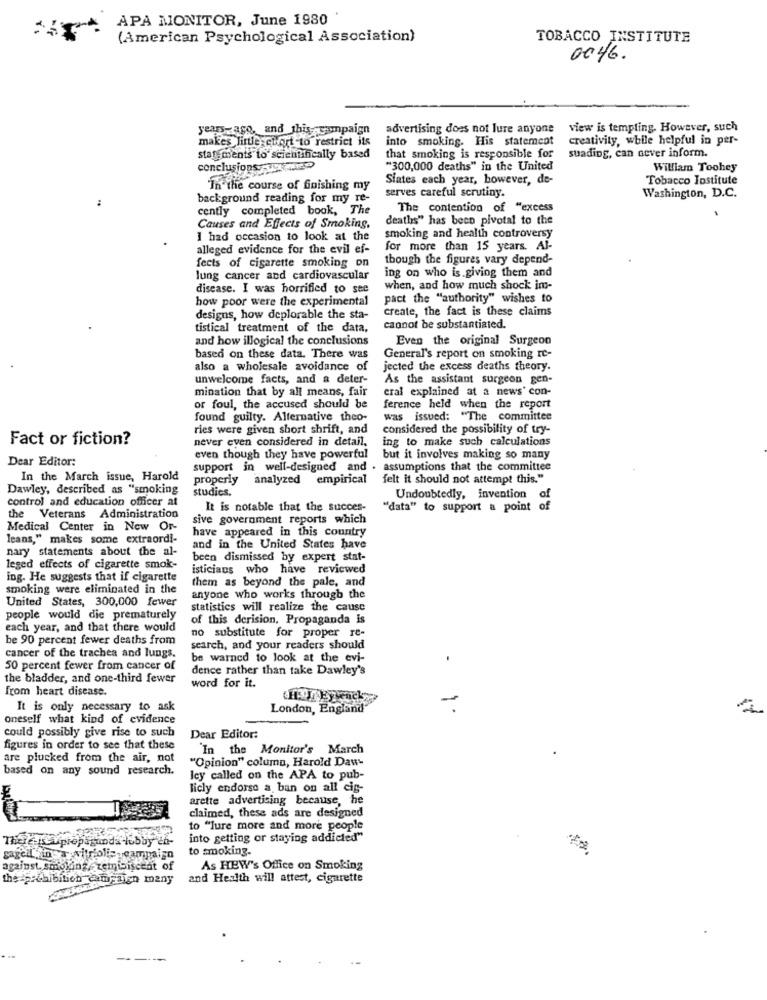
APA MONITOR, June 1980
(American Psychological Association)
TOBACCO INSTITUTE
0046.
years ago, and this campaign
advertising does not Ture anyone
view is templing. However, such
makes little euprt to restrict its
into smoking. His statement
creativity, while helpful in per-
suading, can never inform.
stat ments to scientifically based
that smoking is responsible for
conclusions y
"300,000 deaths" in the United
William Toohey
Siates each year, however, de-
Tobacco Institute
In the course of finishing my
serves careful scrutiny.
background reading for my re-
Washington, D.C.
cently completed book, The
The contention of "excess
deaths" has been pivotal to the
Causes and Effects of Smoking,
I had occasion to look at the
smoking and health controversy
alleged evidence for the evil ef-
for more than 15 years. Al-
fects of cigarette smoking on
though the figures vary depend-
lung cancer and cardiovascular
ing on who is giving them and
disease. I was horrified to see
when, and how much shock im-
how poor were the experimental
pact the "authority" wishes to
create, the fact is these claims
designs, how deplorable the sta-
tistical treatment of the data,
cannot be substantiated.
and how illogical the conclusions
Even the original Surgeon
based on these data. There was
General's report on smoking re-
also a wholesale avoidance of
jected the excess deaths theory.
unwelcome facts, and a deter-
As the assistant surgeon gen-
mination that by all means, fair
eral explained at a news' con-
or foul, the accused should be
ference held when the report
found guilty. Alternative theo-
was issued: "The committee
ries were given short shrift, and
considered the possibility of try-
Fact or fiction?
never even considered in detail.
ing to make such calculations
Dear Editor:
even though they have powerful
but it involves making so many
support in well-designed and . assumptions that the committee
In the March issue, Harold
properly analyzed empirical
felt it should not attempt this."
Dawley, described as "smoking
studies.
control and education officer at
Undoubtedly, invention of
It is notable that the succes-
"data" to support a point of
the Veterans Administration
sive government reports which
Medical Center in New Or-
have appeared in this country
leans," makes some extraordi-
nary statements about the al-
and in the United States have
been dismissed by expert stat-
leged effects of cigarette smok-
isticians who have reviewed
ing. He suggests that if cigarette
them as beyond the pale, and
smoking were eliminated in the
anyone who works through the
United States, 300,000 fewer
statistics will realize the cause
people would die prematurely
of this derision, Propaganda is
each year, and that there would
no substitute for proper re-
be 90 percent fewer deaths from
search, and your readers should
cancer of the trachea and lungs.
be warned to look at the evi-
50 percent fewer from cancer of
dence rather than take Dawley's
the bladder, and one-third fewer
from heart disease.
word for it.
It is only necessary to ask
London, England
-
oneself what kind of evidence
could possibly give rise to such
Dear Editor:
figures in order to see that these
'In the Monitor's March
are plucked from the air, not
"Opinion" column, Harold Daw-
based on any sound research.
ley called on the APA to pub-
licly endorse a ban on all cig-
arette advertising because, he
claimed, these ads are designed
to "lure more and more people
into getting or staying addicted"
to smoking.
sageil finca vitriolis -campaign
against. smoking zemibiscent of
As HEW's Office on Smoking
the feehibition campaign many
and Health will attest, cigarette